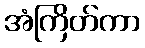
အံကြိတ်ကာ